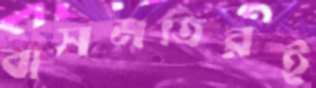
বাসমতিরই